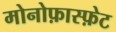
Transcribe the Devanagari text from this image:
मोनोफ़ास्फ़ेट